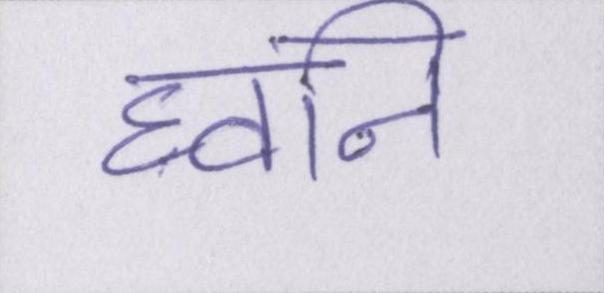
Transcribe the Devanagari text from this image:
घ्वनि